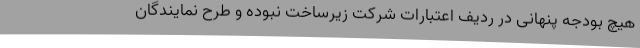
هیچ بودجه پنهانی در ردیف اعتبارات شرکت زیرساخت نبوده و طرح نمایندگان